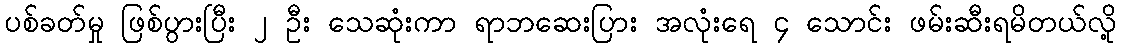
ပစ်ခတ်မှု ဖြစ်ပွားပြီး ၂ ဦး သေဆုံးကာ ရာဘဆေးပြား အလုံးရေ ၄ သောင်း ဖမ်းဆီးရမိတယ်လို့